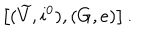
\left[ ( \widetilde { V } , i ^ { 0 } ) , ( G , e ) \right] .